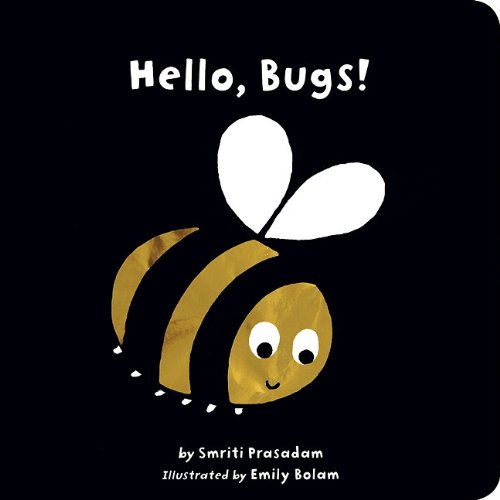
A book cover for Hello, Bugs! (Black and White Sparklers); Smriti Prasadam; Children's Books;